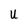
Character: u